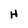
Character: H